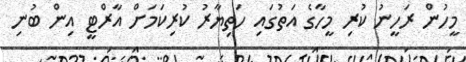
މީހުން ރަހީނު ކުރި މީހާގެ އަތުގައި ހަތިޔާރު ކުރިކަމަށް އާރްޓީ އިން ބުނި